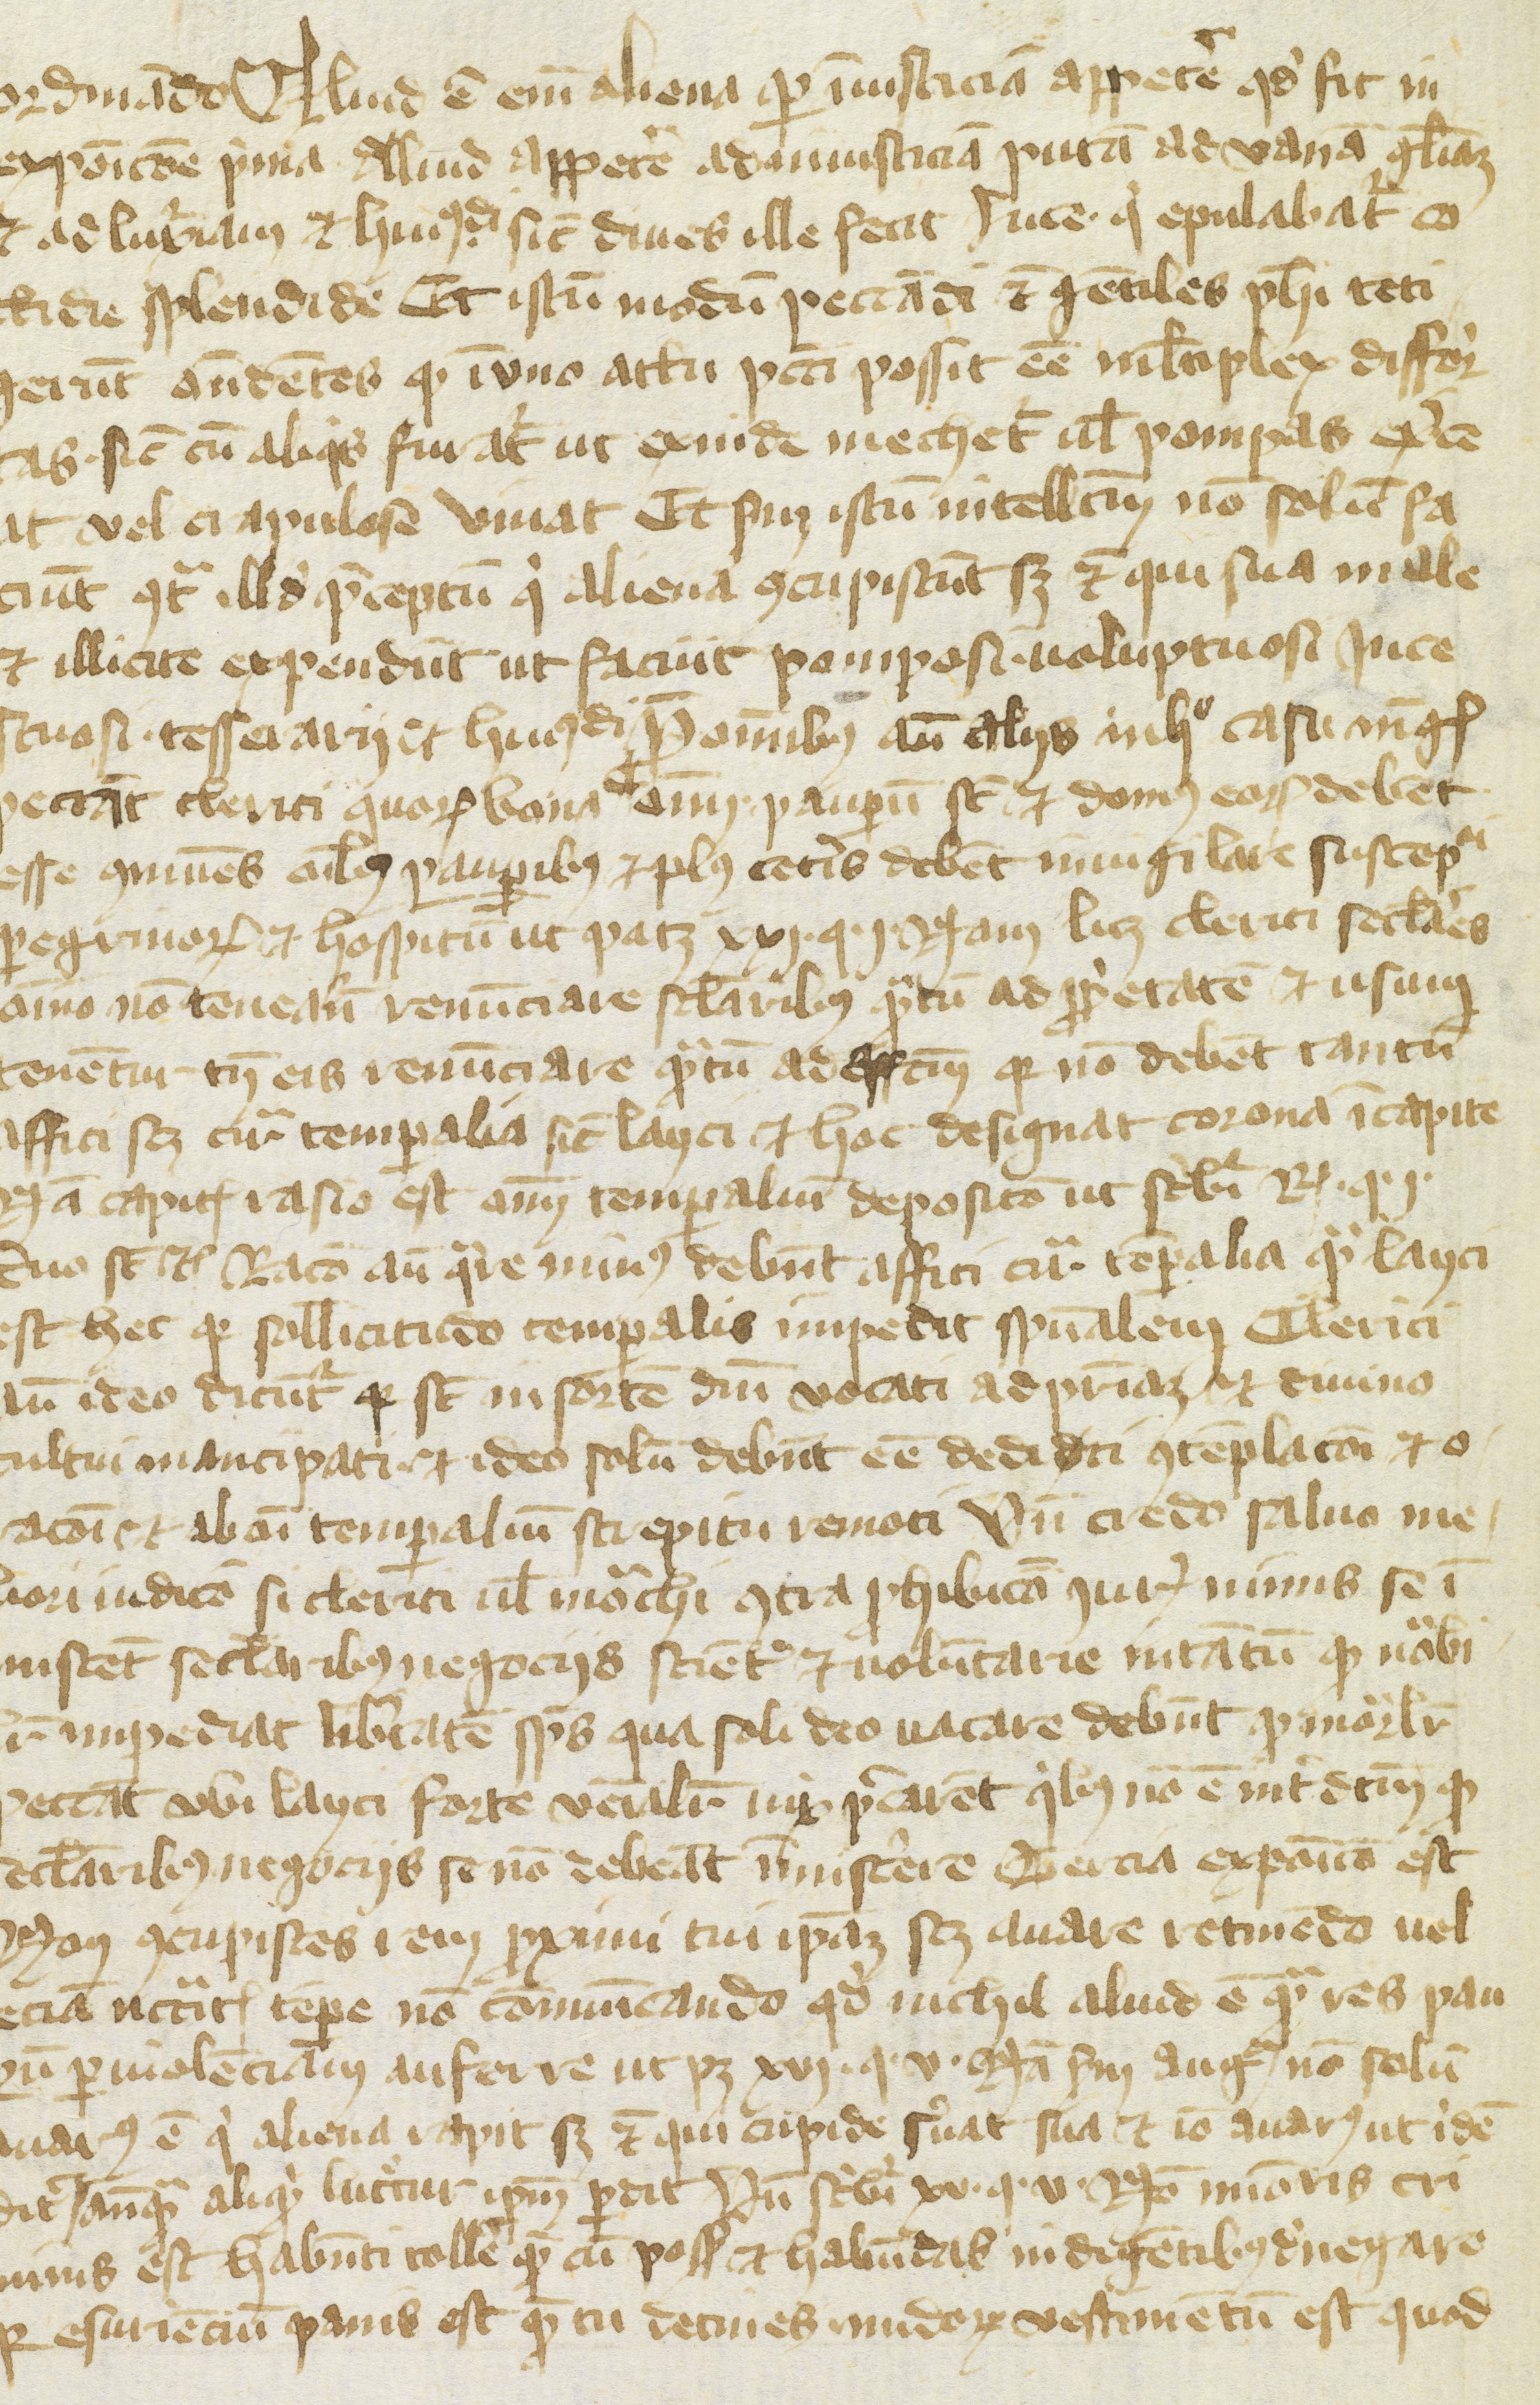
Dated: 1430–1430